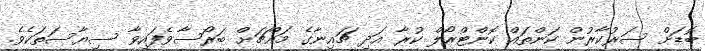
ބޮޑަށް ސަރުކާރުން ކަންތައް ކޮންޓްރޯލް ކުރާ އަދި ޗައިނާގެ މައްޗަށް ބަރޯސާވެފައިވާ ސިޔާސަތަކެވެ.